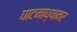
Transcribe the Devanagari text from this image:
घाटमाध्यावर